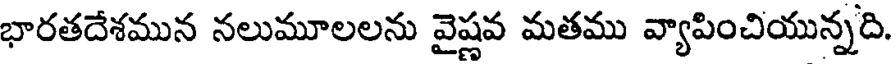
భారతదేశమున నలుమూలలను వైష్ణవ మతము వ్యాపించియున్నది.